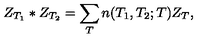
Z _ { T _ { 1 } } * Z _ { T _ { 2 } } = \sum _ { T } n ( T _ { 1 } , T _ { 2 } ; T ) Z _ { T } ,